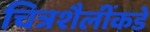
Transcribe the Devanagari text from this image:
चित्रशैलींकडे